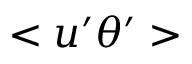
< u ^ { \prime } \theta ^ { \prime } >